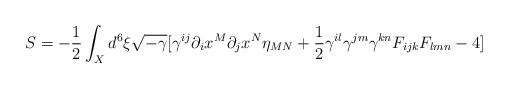
LaTeX: \begin{align*}S=-\frac{1}{2}\int_{X} d^{6}\xi \sqrt{-\gamma}[\gamma^{ij}\partial_{i}x^{M} \partial_{j}x^{N}\eta_{MN}+\frac{1}{2}\gamma^{il}\gamma^{jm}\gamma^{kn}F_{ijk}F_{lmn}-4]\end{align*}